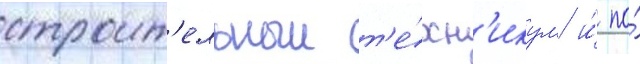
строит'ельныи т'е́хн'икум и́ по́